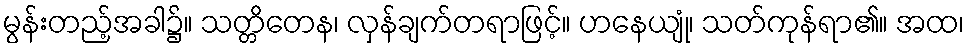
မွန်းတည့်အခါ၌။ သတ္တိတေန၊ လှန်ချက်တရာဖြင့်။ ဟနေယျုံ၊ သတ်ကုန်ရာ၏။ အထ၊